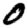
Digit: 0